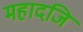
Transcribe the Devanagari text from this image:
महादजि